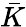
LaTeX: \bar{K}